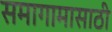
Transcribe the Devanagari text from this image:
समागामासाठी